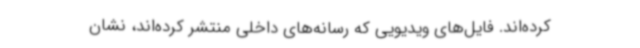
کرده‌اند. فایل‌های ویدیویی که رسانه‌های داخلی منتشر کرده‌اند، نشان